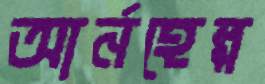
আর্নহেল্প